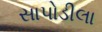
સાપોડીલા